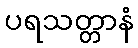
ပရသတ္တာနံ